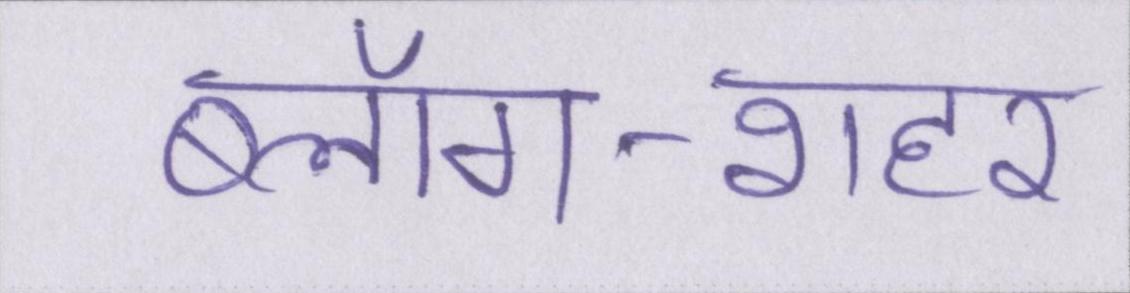
ब्लॉग-शहर